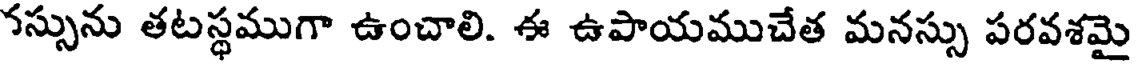
నస్సును తటస్థముగా ఉంచాలి. ఈ ఉపాయముచేత మనస్సు పరవశమై